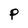
Character: P